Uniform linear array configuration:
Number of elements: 48
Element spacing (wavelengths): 0.5
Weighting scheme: kaiser
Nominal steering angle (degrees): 60
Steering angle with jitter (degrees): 59.857
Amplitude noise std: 0.05
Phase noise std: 0.05

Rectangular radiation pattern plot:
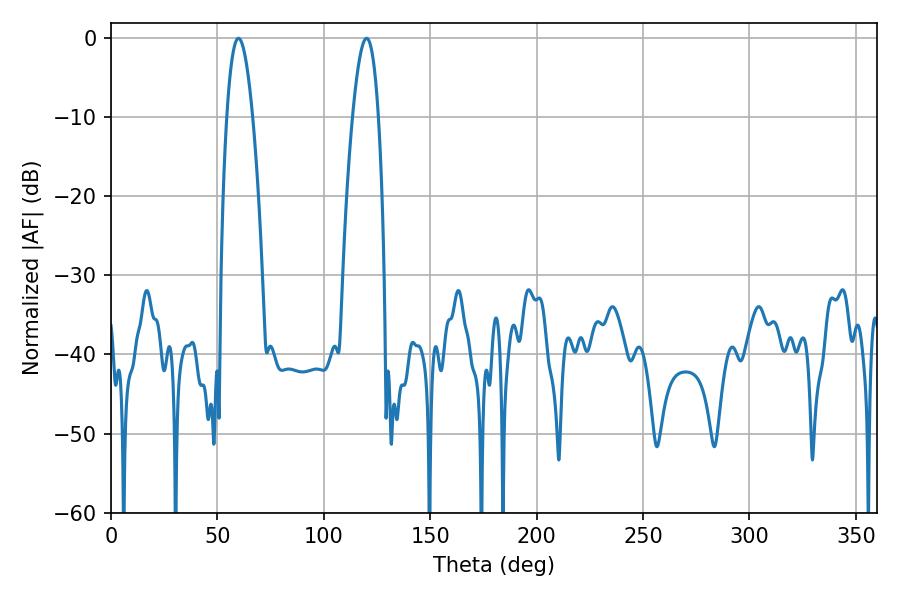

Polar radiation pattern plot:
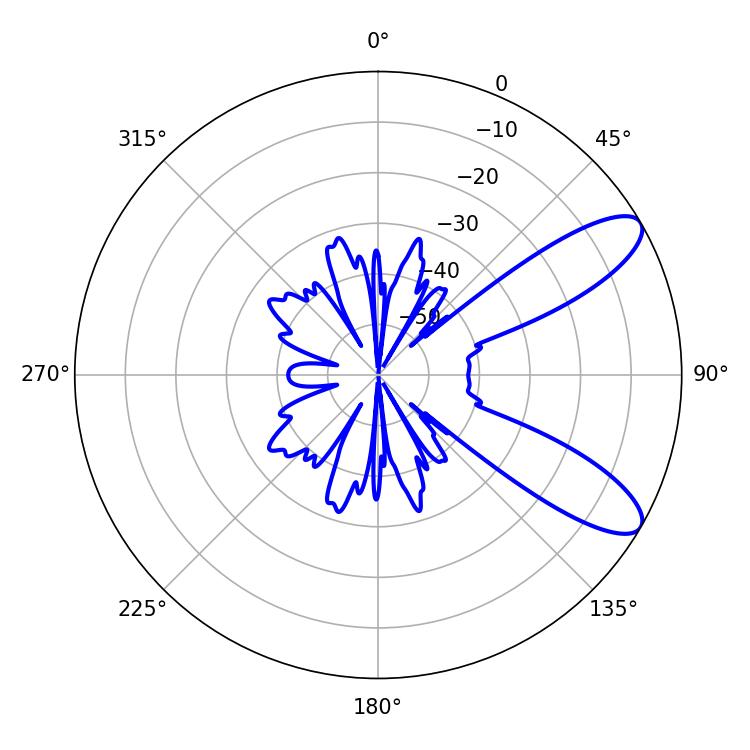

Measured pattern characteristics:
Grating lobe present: FALSE
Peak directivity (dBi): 9.633
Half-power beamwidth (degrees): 6.66
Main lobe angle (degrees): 59.94